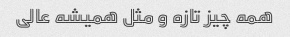
همه چیز تازه و مثل همیشه عالی